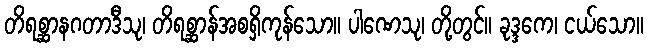
တိရစ္ဆာနဂတာဒီသု၊ တိရစ္ဆာန်အစရှိကုန်သော။ ပါဏေသု၊ တို့တွင်။ ခုဒ္ဒကေ၊ ငယ်သော။